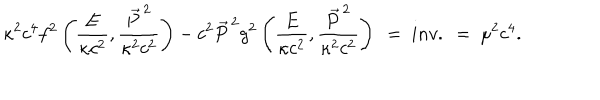
\kappa ^ { 2 } c ^ { 4 } f ^ { 2 } \left( \frac { E } { \kappa c ^ { 2 } } , \frac { \vec { P } ^ { \, 2 } } { \kappa ^ { 2 } c ^ { 2 } } \right) - c ^ { 2 } \vec { P } ^ { \, 2 } g ^ { 2 } \left( \frac { E } { \kappa c ^ { 2 } } , \frac { \vec { P } ^ { \, 2 } } { \kappa ^ { 2 } c ^ { 2 } } \right) \ = \ i n v . \ = \ \mu ^ { 2 } c ^ { 4 } .